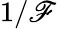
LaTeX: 1/\mathscr{F}